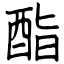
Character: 酯